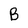
Character: B